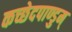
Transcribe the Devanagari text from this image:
कच्छेदपाण्डुम्